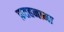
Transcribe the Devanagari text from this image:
फ़तहनामा